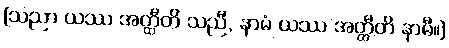
[သညာ ယဿ အတ္ထီတိ သညီ, နာမံ ယဿ အတ္ထီတိ နာမီ။]